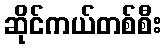
ဆိုင်ကယ်တစ်စီး